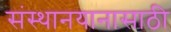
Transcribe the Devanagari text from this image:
संस्थानयानासाठी